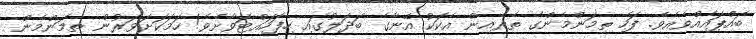
ބައްޕައެއްވެއެވެ. ފަހެ ތިމަންމެންގެ ތެރެއިން އެކަކު އޭނާގެ ބަދަލުގައި ހިފަހައްޓަވާށެވެ! ހަމަކަށަވަރުން ތިމަންމެން